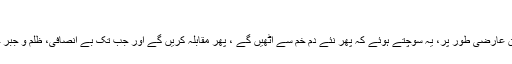
‘‘
سور داس اپنی شکست تسلیم کرتا ہے لیکن عارضی طور پر، یہ سوچتے ہوئے کہ پھر نئے دم خم سے اُٹھیں گے ، پھر مقابلہ کریں گے اور جب تک بے انصافی، ظلم و جبر ختم نہ ہوجائے گا،خاموش نہ بیٹھیں گے۔